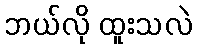
ဘယ်လို ထူးသလဲ